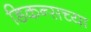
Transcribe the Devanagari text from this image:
डिकन्सच्या